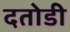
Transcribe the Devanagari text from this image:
दतोडी